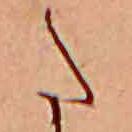
た